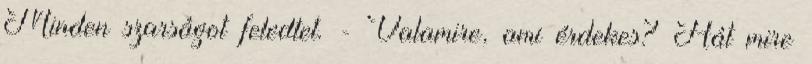
Minden szarságot feledtet. - Valamire, ami érdekes? Hát mire